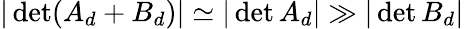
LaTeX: |\operatorname*{det}(A_{d}+B_{d})|\simeq|\operatorname*{det}A_{d}|\gg|\operatorname*{det}B_{d}|